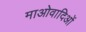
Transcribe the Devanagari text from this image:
माओवादिओं